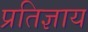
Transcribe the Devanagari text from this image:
प्रतिज्ञाय